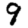
Digit: 9